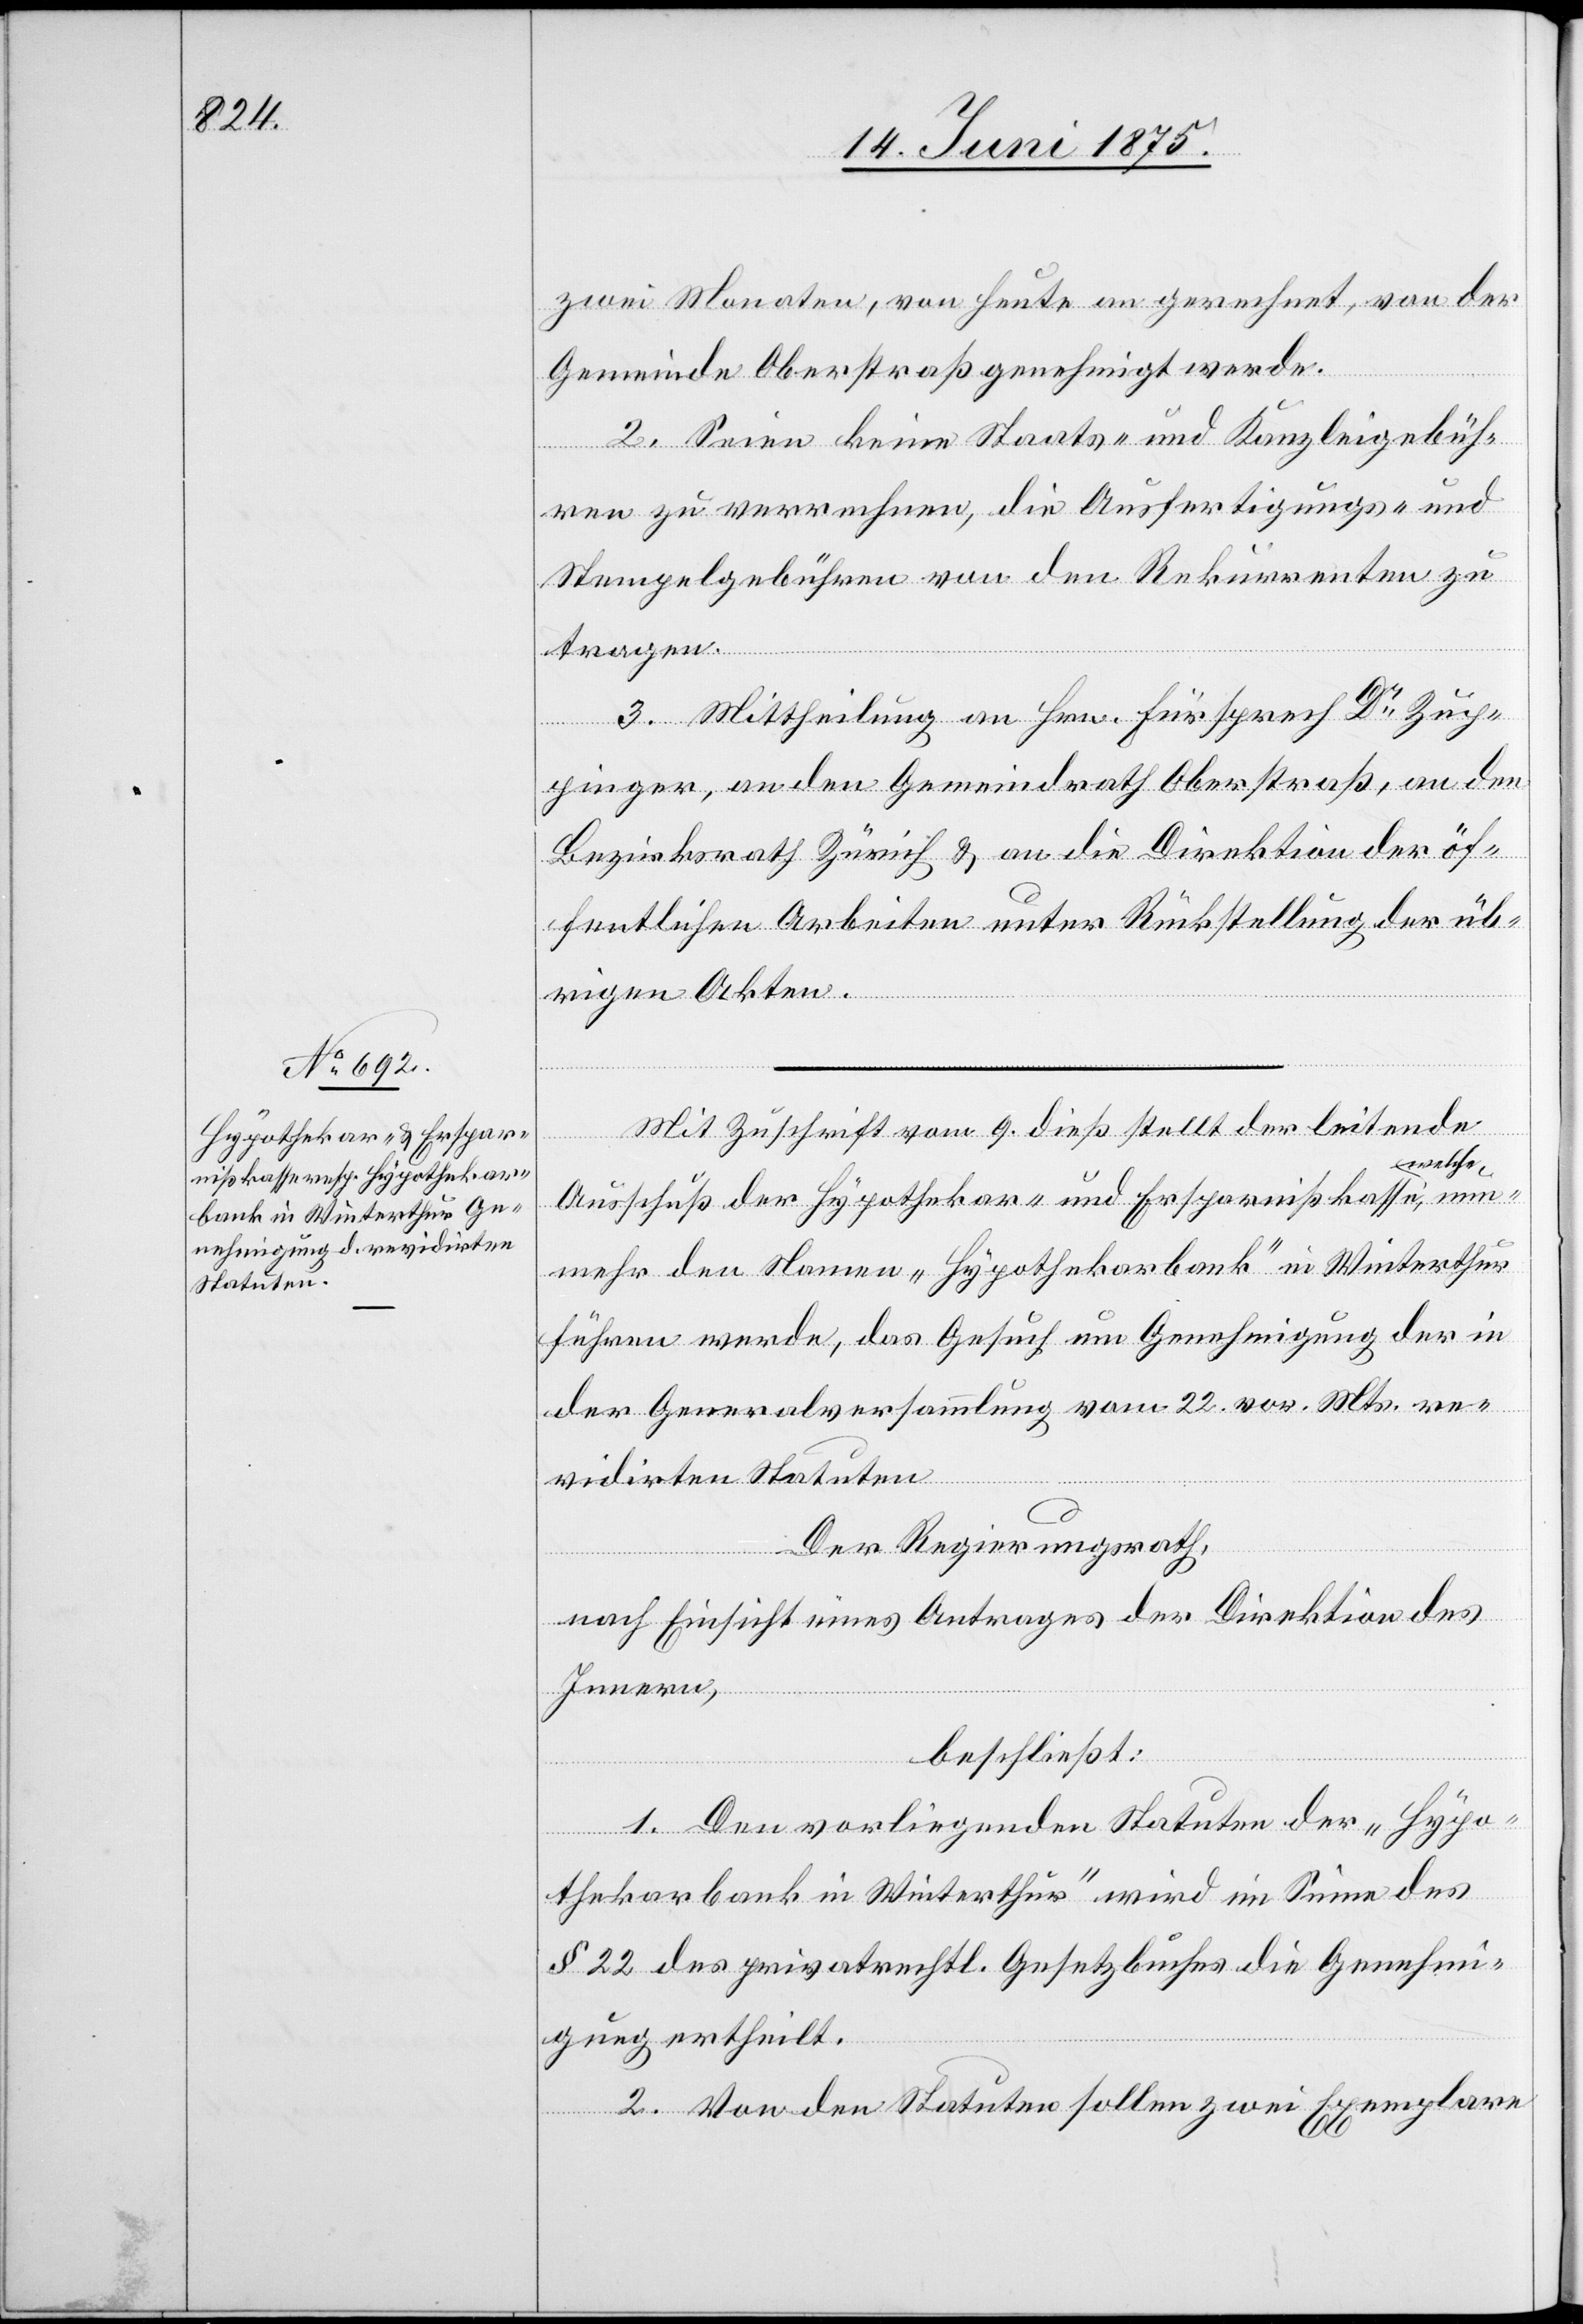
zwei Monaten, von heute an gerechnet, von der
Gemeinde Oberstraß genehmigt werde.
2. Seien keine Staats- und Kanzleigebüh¬
ren zu verrechnen, die Ausfertigungs- und
Stempelgebühren von den Rekurrenten zu
tragen.
3. Mittheilung an Hrn. Fürsprech Dr Zup¬
pinger, an den Gemeindrath Oberstraß, an den
Bezirksrath Zürich & an die Direktion der öf¬
fentlichen Arbeiten unter Rückstellung der üb¬
rigen Akten.
nun¬
Mit Zuschrift vom 9. dieß stellt der leitende
welche
Ausschuß der Hypothekar- und Ersparnißkasse,
mehr den Namen „Hypothekarbank“ in Winterthur
führen werde, das Gesuch um Genehmigung der in
der Generalversammlung vom 22. vor. Mts. re¬
vidirten Statuten.
Der Regierungsrath,
nach Einsicht eines Antrages der Direktion des
innern,
beschließt:
1. Den vorliegenden Statuten der „Hypo¬
thekarbank in Winterthur“ wird im Sinne des
§ 22 der privatrechtl. Gesetzbuches die Genehmi¬
gung ertheilt.
2. Von den Statuten sollen zwei Exemplare